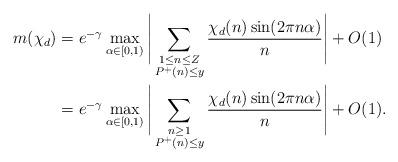
LaTeX: \begin{align*}m(\chi_d)&= e^{-\gamma}\max_{\alpha \in [0, 1)} \Bigg|\sum_{\substack{1\leq n\leq Z\\P^{+}(n)\leq y }} \frac{\chi_d(n) \sin(2\pi n\alpha)}{n}\Bigg|+O(1)\\&= e^{-\gamma}\max_{\alpha \in [0, 1)} \Bigg|\sum_{\substack{n\geq 1\\P^{+}(n)\leq y }} \frac{\chi_d(n) \sin(2\pi n\alpha)}{n}\Bigg|+O(1).\end{align*}